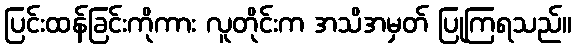
ပြင်းထန်ခြင်းကိုကား လူတိုင်းက အသိအမှတ် ပြုကြရသည်။